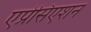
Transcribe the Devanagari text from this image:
एप्रेसिएशन